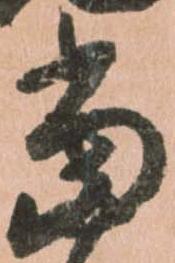
當